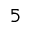
^ { 5 }